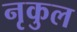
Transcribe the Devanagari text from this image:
नृकुल